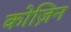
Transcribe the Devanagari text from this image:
कोज़िन